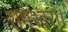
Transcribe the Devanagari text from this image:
रामेश्वर।।